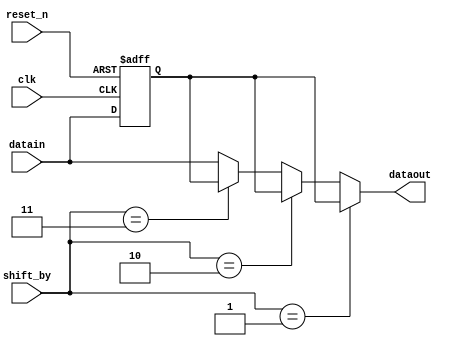
module pcie_hip_avmm_mem_if_ddr3_emif_0_p0_fr_cycle_shifter(
	clk,
	reset_n,
	shift_by,
	datain,
	dataout
);

// ******************************************************************************************************************************** 
// BEGIN PARAMETER SECTION
// All parameters default to "" will have their values passed in from higher level wrapper with the controller and driver 

parameter DATA_WIDTH = ""; 
parameter REG_POST_RESET_HIGH = "false";

localparam RATE_MULT = 4;
localparam FULL_DATA_WIDTH = DATA_WIDTH*RATE_MULT;

// END PARAMETER SECTION
// ******************************************************************************************************************************** 

input	clk;
input	reset_n;
input	[1:0] shift_by; 
input	[FULL_DATA_WIDTH-1:0] datain;
output	[FULL_DATA_WIDTH-1:0] dataout;


reg [FULL_DATA_WIDTH-1:0] datain_r;
always @(posedge clk or negedge reset_n)
begin
	if (~reset_n) begin
		if (REG_POST_RESET_HIGH == "true")
			datain_r <= {FULL_DATA_WIDTH{1'b1}};
		else
			datain_r <= {FULL_DATA_WIDTH{1'b0}};
	end else begin
		datain_r <= datain;
	end
end

wire [FULL_DATA_WIDTH-1:0] dataout_pre;


	
wire [DATA_WIDTH-1:0] datain_t0 = datain[(DATA_WIDTH*1)-1:(DATA_WIDTH*0)];
wire [DATA_WIDTH-1:0] datain_t1 = datain[(DATA_WIDTH*2)-1:(DATA_WIDTH*1)];
wire [DATA_WIDTH-1:0] datain_t2 = datain[(DATA_WIDTH*3)-1:(DATA_WIDTH*2)];
wire [DATA_WIDTH-1:0] datain_t3 = datain[(DATA_WIDTH*4)-1:(DATA_WIDTH*3)];

wire [DATA_WIDTH-1:0] datain_r_t1 = datain_r[(DATA_WIDTH*2)-1:(DATA_WIDTH*1)];
wire [DATA_WIDTH-1:0] datain_r_t2 = datain_r[(DATA_WIDTH*3)-1:(DATA_WIDTH*2)];
wire [DATA_WIDTH-1:0] datain_r_t3 = datain_r[(DATA_WIDTH*4)-1:(DATA_WIDTH*3)];

assign dataout = (shift_by == 2'b01) ? {datain_t2, datain_t1, datain_t0, datain_r_t3} : (
                 (shift_by == 2'b10) ? {datain_t1, datain_t0, datain_r_t3, datain_r_t2} : (
                 (shift_by == 2'b11) ? {datain_t0, datain_r_t3, datain_r_t2, datain_r_t1} :
                                        {datain_t3, datain_t2, datain_t1, datain_t0} ));

endmodule